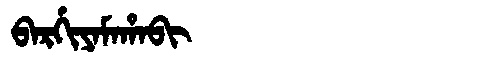
Manchu: ᠪᠠᡵᡤᡳᠶᠠᠮᠠᡥᠠᠪᡳ
Romanization: BARGIYAMAHABI